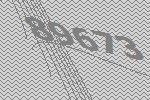
89673